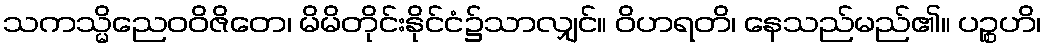
သကသ္မိညေဝဝိဇိတေ၊ မိမိတိုင်းနိုင်ငံ၌သာလျှင်။ ဝိဟရတိ၊ နေသည်မည်၏။ ပဉ္စဟိ၊